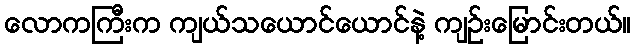
လောကကြီးက ကျယ်သယောင်ယောင်နဲ့ ကျဉ်းမြောင်းတယ်။